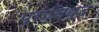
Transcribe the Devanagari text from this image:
प्रासिध्द